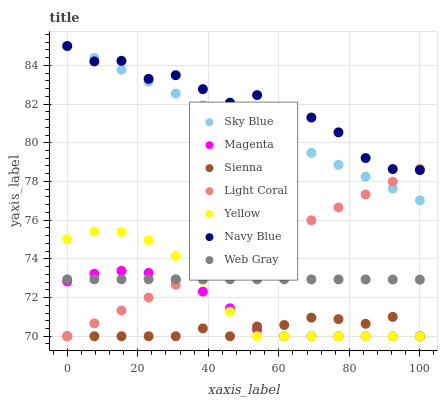
| xaxis_label | Sky Blue | Magenta | Sienna | Light Coral | Yellow | Navy Blue | Web Gray |
 | --- | --- | --- | --- | --- | --- | --- | --- |
 | 0 | 85 | 72.8 | 70 | 70 | 75 | 85 | 72.9 |
 | 7.69 | 84.4 | 73.2 | 70 | 70.7 | 75.4 | 84.2 | 72.9 |
 | 15.4 | 83.8 | 73.4 | 70 | 71.3 | 75.4 | 84.2 | 72.9 |
 | 23.1 | 83.2 | 73.3 | 70 | 72 | 75 | 83.3 | 72.9 |
 | 30.8 | 82.5 | 72.9 | 70 | 72.7 | 74.1 | 83.5 | 72.9 |
 | 38.5 | 81.9 | 72.3 | 70.4 | 73.3 | 72.9 | 82.8 | 72.9 |
 | 46.2 | 81.3 | 71.4 | 70 | 74 | 71.3 | 82.1 | 72.9 |
 | 53.8 | 80.7 | 70.3 | 70.5 | 74.7 | 70 | 82.5 | 72.9 |
 | 61.5 | 80.1 | 70 | 70.6 | 75.3 | 70 | 81.4 | 72.9 |
 | 69.2 | 79.5 | 70 | 71 | 76 | 70 | 81.3 | 72.9 |
 | 76.9 | 78.9 | 70 | 70.9 | 76.7 | 70 | 80.5 | 72.9 |
 | 84.6 | 78.2 | 70 | 70.6 | 77.3 | 70 | 79.2 | 72.9 |
 | 92.3 | 77.6 | 70 | 71 | 78 | 70 | 78.6 | 72.9 |
 | 100 | 77 | 70 | 70 | 78.7 | 70 | 78.6 | 72.9 |